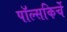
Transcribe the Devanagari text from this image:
पॉल्सकिर्चे